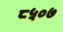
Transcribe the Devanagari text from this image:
८५०७